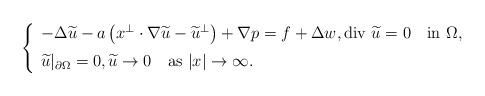
LaTeX: \begin{align*}\left\{\begin{array}{l}-\Delta\widetilde u-a\left(x^\perp\cdot\nabla\widetilde u-\widetilde u^\perp\right)+\nabla p=f+\Delta w, \mbox{div $\widetilde u$}=0 \quad\mbox{in $\Omega$}, \medskip \\\widetilde u|_{\partial\Omega}=0,\widetilde u\to 0\quad\mbox{as $|x|\to\infty$}.\end{array}\right.\end{align*}